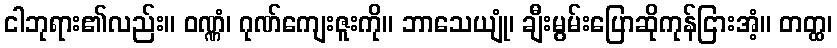
ငါဘုရား၏လည်း။ ဝဏ္ဏံ၊ ဂုဏ်ကျေးဇူးကို။ ဘာသေယျုံ၊ ချီးမွမ်းပြောဆိုကုန်ငြားအံ့။ တတ္ထ၊